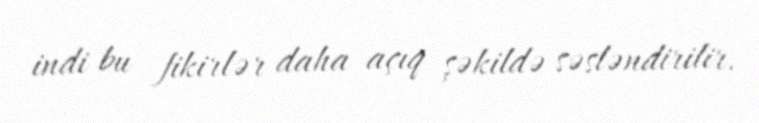
indi bu fikirlər daha açıq şəkildə səsləndirilir.